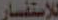
للإستفسار